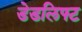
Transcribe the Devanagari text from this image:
डेडलिफ्ट